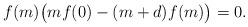
LaTeX: \begin{align*} f(m)\big(mf(0) -(m+d)f(m)\big)=0. \end{align*}